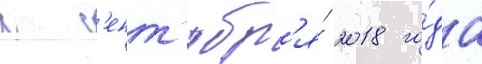
с с'ент'ябр'я́ 2018 го́да